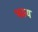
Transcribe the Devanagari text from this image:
भवय